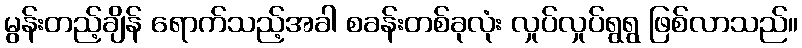
မွန်းတည့်ချိန် ရောက်သည့်အခါ စခန်းတစ်ခုလုံး လှုပ်လှုပ်ရွရွ ဖြစ်လာသည်။